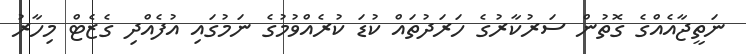
ނަތީޖާއެއްގެ ގޮތުން ސަރުކާރުގެ ހަރަދުތައް ކުޑަ ކުރެއްވުމުގެ ނަމުގައި އުފެއްދި ގެޒެޓް މިހާރު